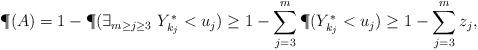
LaTeX: \begin{align*}\P(A) = 1 - \P( \exists_{m \ge j \ge 3} \ Y_{k_j}^* < u_j) \ge 1 - \sum_{j=3}^{m} \P( Y_{k_j}^* < u_j) \ge 1 - \sum_{j=3}^{m} z_j,\end{align*}